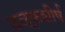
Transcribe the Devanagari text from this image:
उलूकशीर्ष